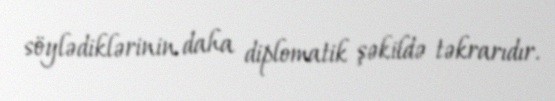
söylədiklərinin daha diplomatik şəkildə təkrarıdır.